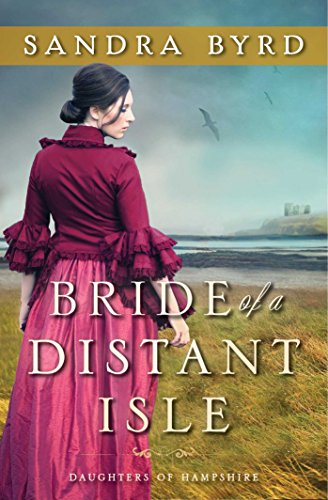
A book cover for Bride of a Distant Isle: A Novel (The Daughters of Hampshire); Sandra Byrd; Romance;